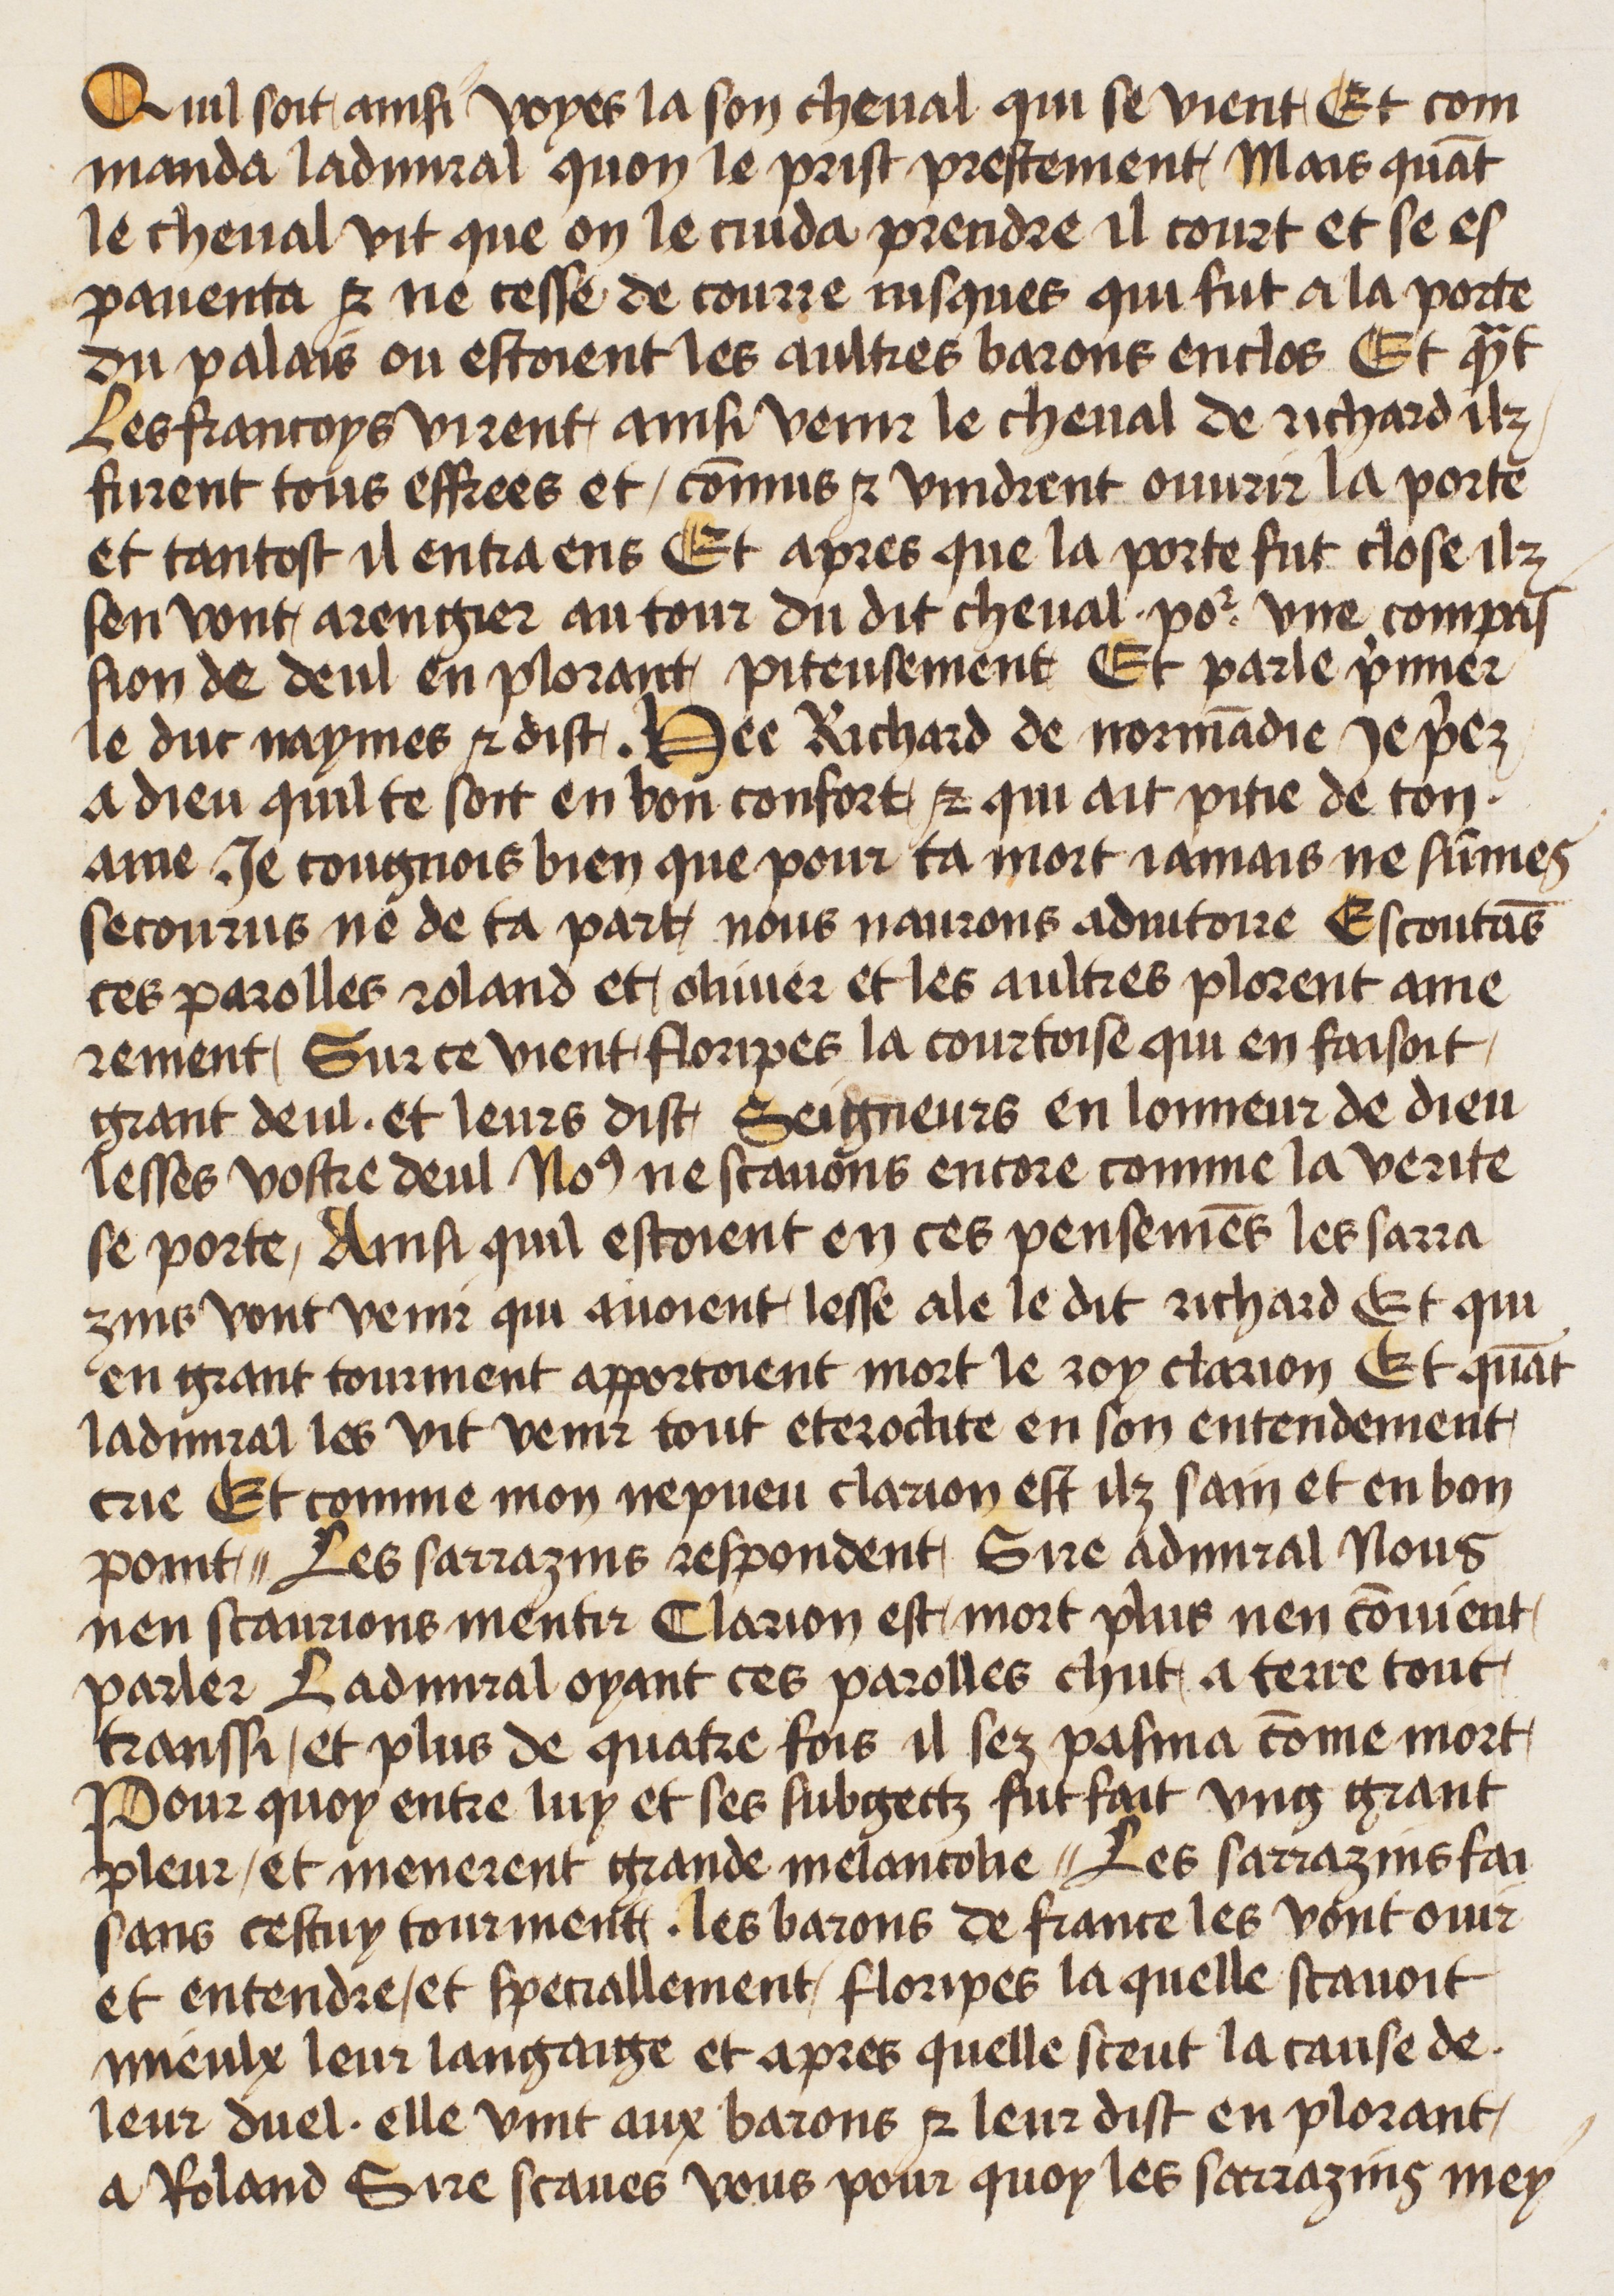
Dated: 1400–1499